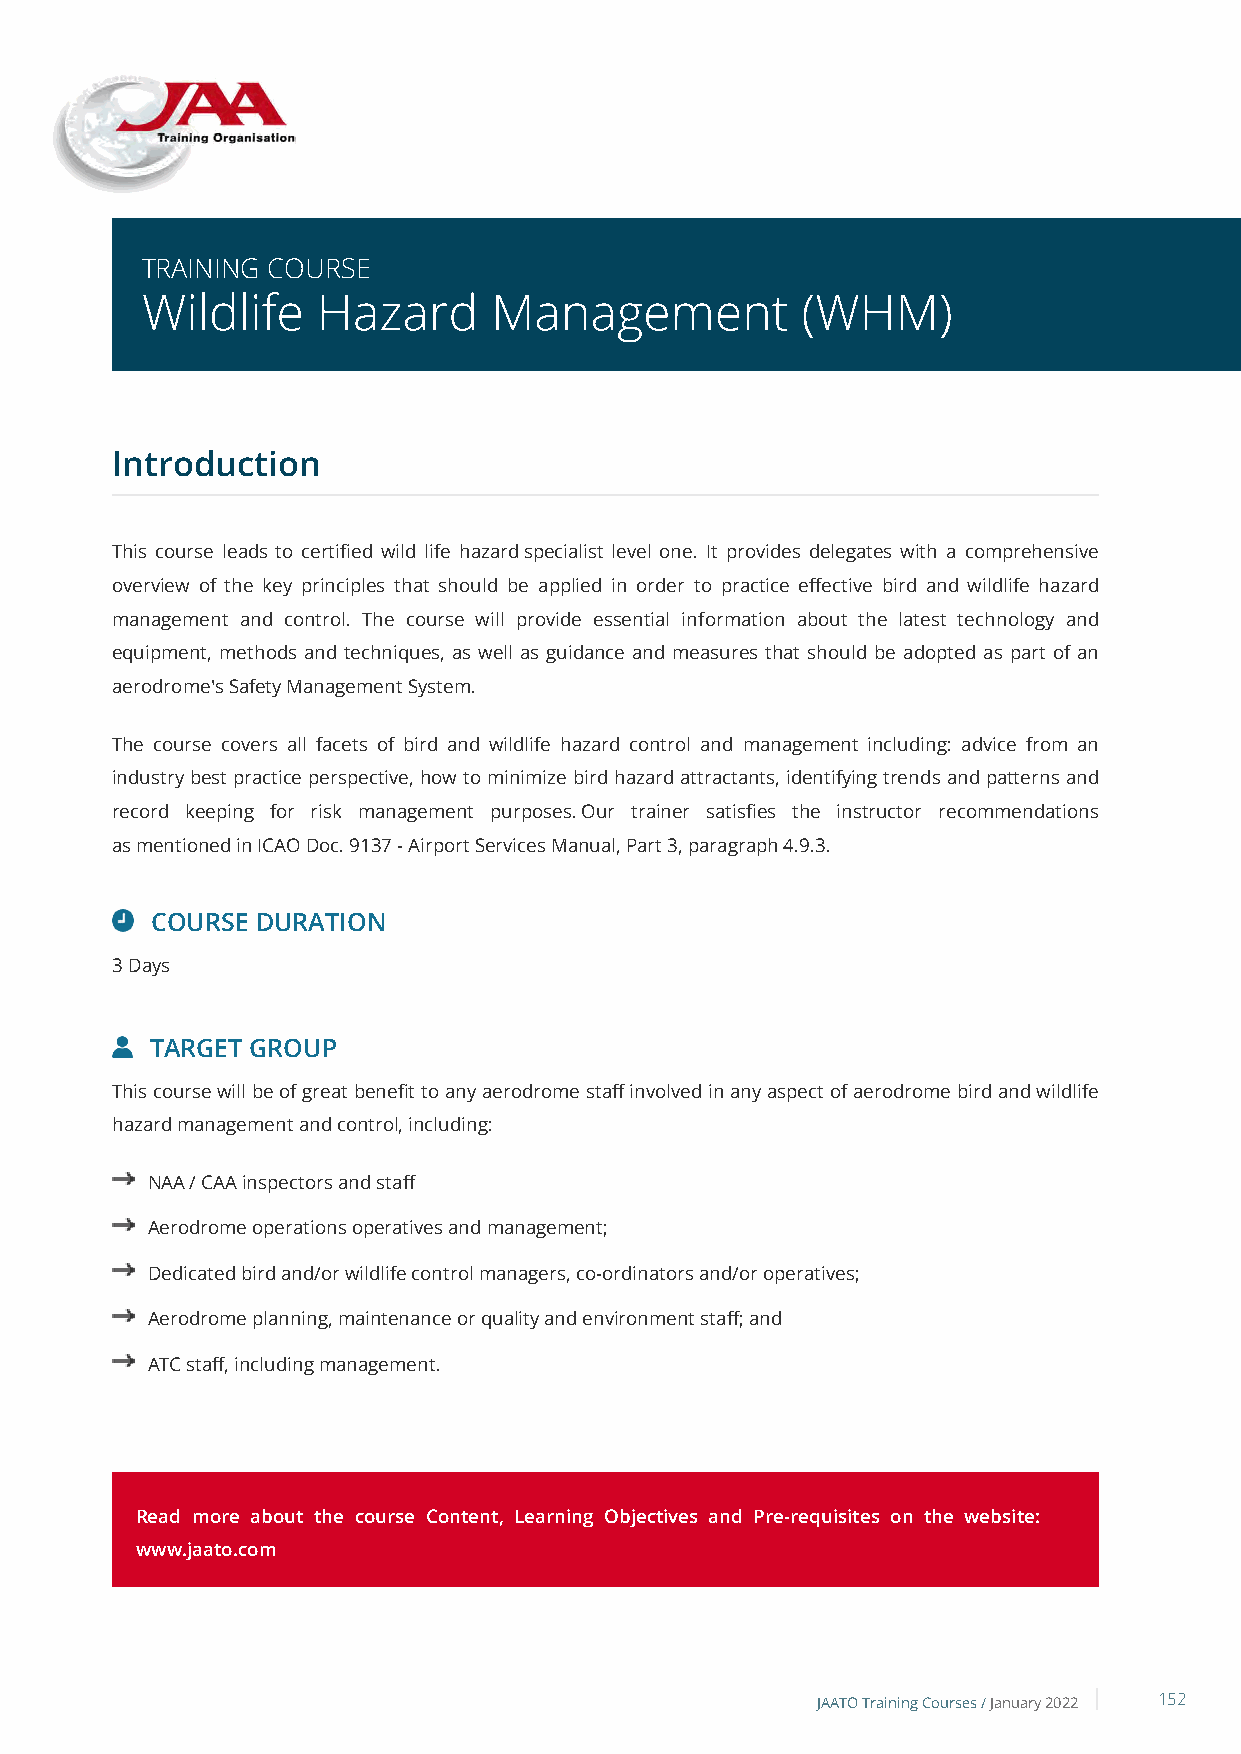
TRAINING COURSE
 Wildlife    Hazard      Management          (WHM)
 Introduction
 This course leads to certified wild life hazard specialist level one. It provides delegates with a comprehensive
 overview of the key principles that should be applied in order to practice effective bird and wildlife hazard
 management and control. The course will provide essential information about the latest technology and
 equipment, methods and techniques, as well as guidance and measures that should be adopted as part of an
 aerodrome's Safety Management System.
 The course covers all facets of bird and wildlife hazard control and management including: advice from an
 industry best practice perspective, how to minimize bird hazard attractants, identifying trends and patterns and
 record keeping for risk management purposes. Our trainer satisfies the instructor recommendations
 as mentioned in ICAO Doc. 9137 - Airport Services Manual, Part 3, paragraph 4.9.3.
 COURSE DURATION
 3 Days
 TARGET GROUP
 This course will be of great benefit to any aerodrome staff involved in any aspect of aerodrome bird and wildlife
 hazard management and control, including:
 NAA / CAA inspectors and staff
 Aerodrome operations operatives and management;
 Dedicated bird and/or wildlife control managers, co-ordinators and/or operatives;
 Aerodrome planning, maintenance or quality and environment staff; and
 ATC staff, including management.
 Read more about the course Content, Learning Objectives and Pre-requisites on the website:
 www.jaato.com
 JAATO Training Courses /January 2022 152